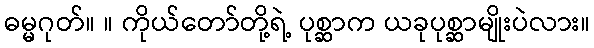
ဓမ္မဂုတ်။ ။ ကိုယ်တော်တို့ရဲ့ ပုစ္ဆာက ယခုပုစ္ဆာမျိုးပဲလား။